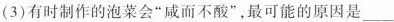
(3)有时制作的泡菜会”咸而不酸”，最可能的原因是___